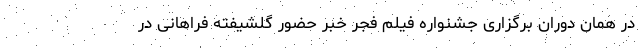
در همان دوران برگزاری جشنواره فیلم فجر خبر حضور گلشیفته فراهانی در